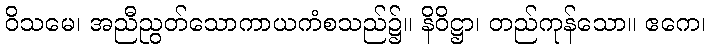
ဝိသမေ၊ အညီညွတ်သောကာယကံစသည်၌။ နိဝိဋ္ဌာ၊ တည်ကုန်သော။ ဧကေ၊